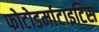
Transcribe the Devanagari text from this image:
फोटोडर्माटाइटिस